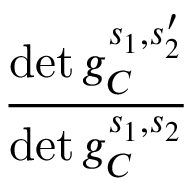
\frac { \operatorname* { d e t } g _ { C } ^ { s _ { 1 } , s _ { 2 } ^ { \prime } } } { \operatorname* { d e t } g _ { C } ^ { s _ { 1 } , s _ { 2 } } }